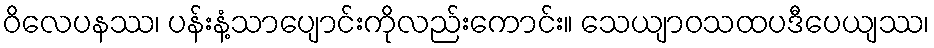
ဝိလေပနဿ၊ ပန်းနံ့သာပျောင်းကိုလည်းကောင်း။ သေယျာဝသထပဒီပေယျဿ၊